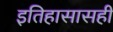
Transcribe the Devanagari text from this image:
इतिहासासही